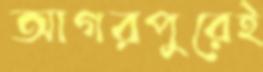
আগরপুরেই